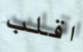
اقلب